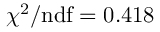
\chi ^ { 2 } / \mathrm { n d f } = 0 . 4 1 8